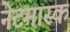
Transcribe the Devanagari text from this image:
नेटमास्क